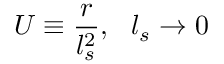
U \equiv \frac { r } { l _ { s } ^ { 2 } } , \ \ l _ { s } \rightarrow 0